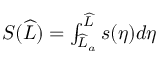
\begin{array} { r } { S ( \widehat { L } ) = \int _ { \widehat { L } _ { a } } ^ { \widehat { L } } s ( \eta ) d \eta } \end{array}